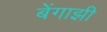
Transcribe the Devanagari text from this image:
बेंगाझी